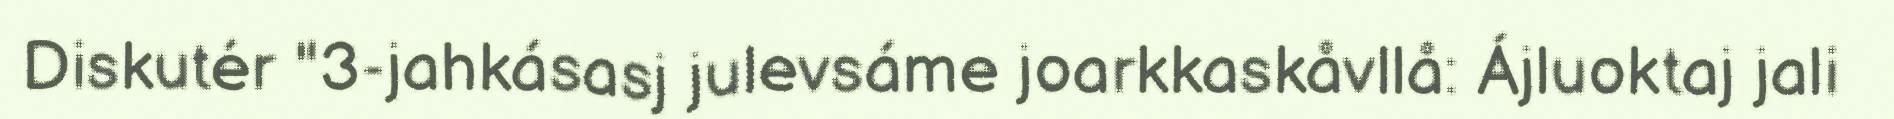
Diskutér "3-jahkásasj julevsáme joarkkaskåvllå: Ájluoktaj jali